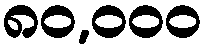
၈၀,၀၀၀